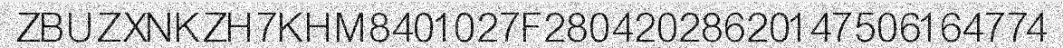
ZBUZXNKZH7KHM8401027F28042028620147506164774